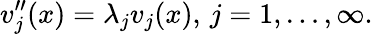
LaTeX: v_{j}^{\prime\prime}(x)=\lambda_{j}v_{j}(x),\, j=1,\ldots,\infty.